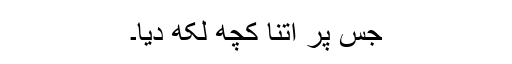
جس پر اتنا کچھ لکھ دیا۔